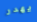
يهدر